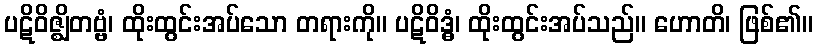
ပဋိဝိဇ္ဈိတဗ္ဗံ၊ ထိုးထွင်းအပ်သော တရားကို။ ပဋိဝိဒ္ဓံ၊ ထိုးထွင်းအပ်သည်။ ဟောတိ၊ ဖြစ်၏။